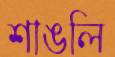
শাঙলি